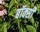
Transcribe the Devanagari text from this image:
बॉक्सी